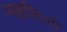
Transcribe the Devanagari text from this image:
महफिली